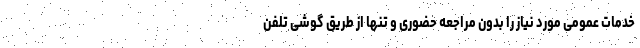
خدمات عمومی مورد نیاز را بدون مراجعه حضوری و تنها از طریق گوشی تلفن